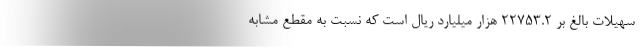
سهیلات بالغ بر ۲۲۷۵۳.۲ هزار میلیارد ریال است که نسبت به مقطع مشابه